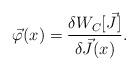
LaTeX: \begin{align*}\vec{\varphi} (x) = \frac{\delta W_C [\vec{J}]}{\delta \vec{J} (x)} . \end{align*}